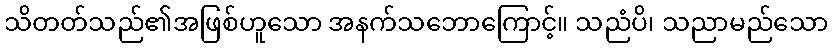
သိတတ်သည်၏အဖြစ်ဟူသော အနက်သဘောကြောင့်။ သညံပိ၊ သညာမည်သော